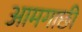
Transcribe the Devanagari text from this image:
आमगाछी